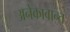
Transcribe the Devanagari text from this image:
अनेकावान्त